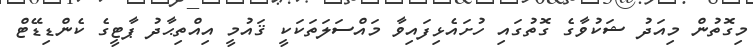
މިގޮތުން މިއަދު ޝަކުވާގެ ގޮތުގައި ހުށައެޅިފައިވާ މައްސަލަތަކަކީ ޤައުމީ އިއްތިޙާދު ޕާޓީގެ ކެންޑިޑޭޓް